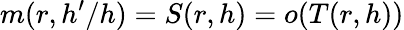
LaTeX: m(r,h^{\prime}/h)=S(r,h)=o(T(r,h))